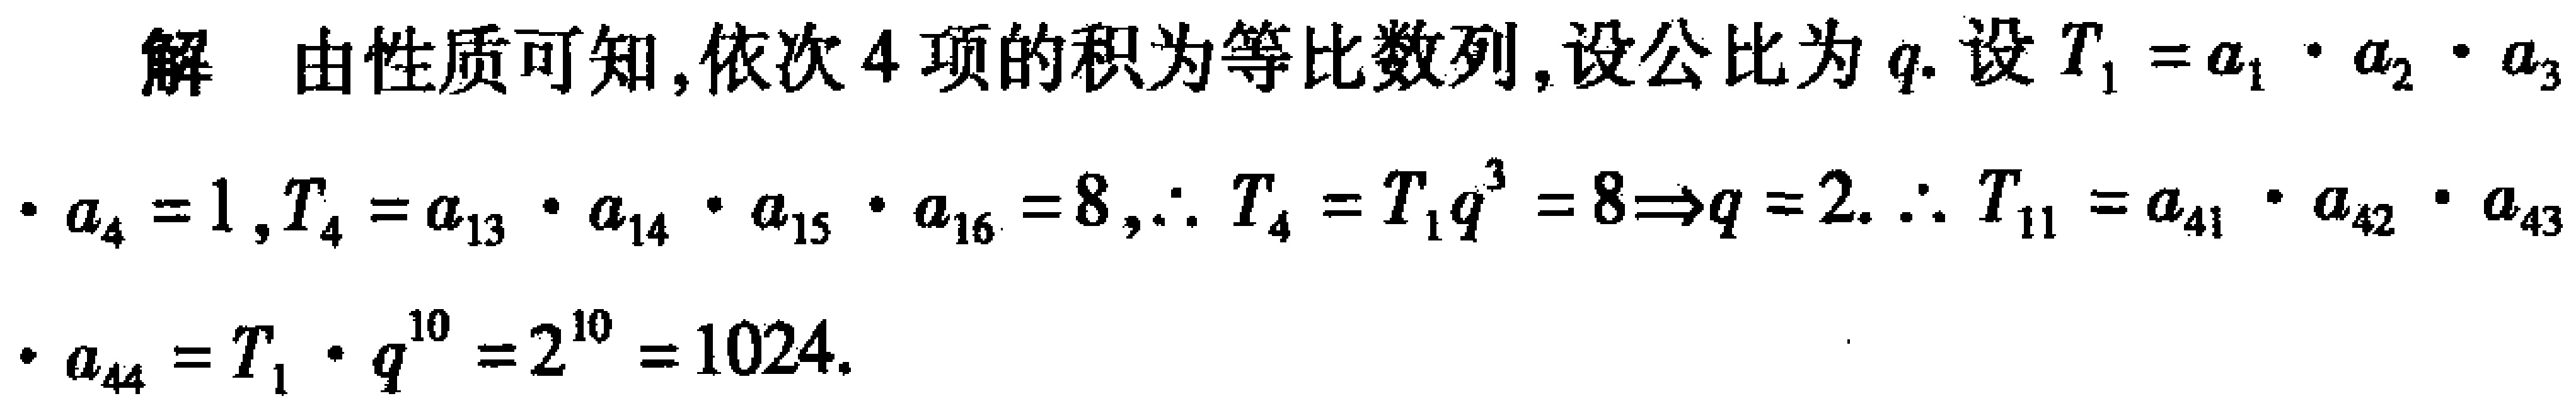
解 由性质可知,依次4项的积为等比数列,设公比为\(q\).设\(T_{1}=a_{1}\cdot a_{2}\cdot a_{3}\cdot a_{4}=1\),\(T_{4}=a_{13}\cdot a_{14}\cdot a_{15}\cdot a_{16}=8\),\(\therefore T_{4}=T_{1}q^{3}=8\Rightarrow q = 2\). \(\therefore T_{11}=a_{41}\cdot a_{42}\cdot a_{43}\cdot a_{44}=T_{1}\cdot q^{10}=2^{10}=1024\).